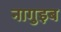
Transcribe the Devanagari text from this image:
नागुइब